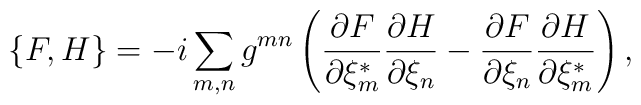
\{F,H\}=-i\sum_{m,n}g^{mn}\left(\frac{\partial F}{\partial \xi^*_m}\frac{\partial H}{\partial \xi_n}-\frac{\partial F}{\partial\xi_n}\frac{\partial H}{\partial  \xi^*_m}\right),